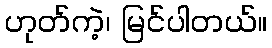
ဟုတ်ကဲ့၊ မြင်ပါတယ်။